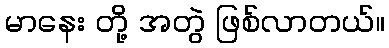
မာနေး တို့ အတွဲ ဖြစ်လာတယ်။